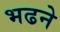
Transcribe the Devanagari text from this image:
भढने